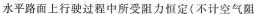
水平路面上行驶过程中所受阻力恒定（不计空气阻